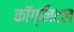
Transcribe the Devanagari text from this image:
कॉग्निटल